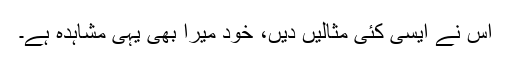
اس نے ایسی کئی مثالیں دیں، خود میرا بھی یہی مشاہدہ ہے۔